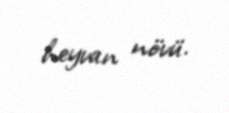
heyvan növü.